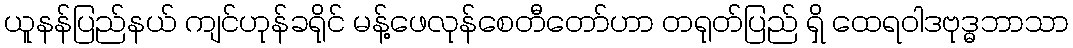
ယူနန်ပြည်နယ် ကျင်ဟုန်ခရိုင် မန့်ဖေလုန်စေတီတော်ဟာ တရုတ်ပြည် ရှိ ထေရဝါဒဗုဒ္ဓဘာသာ